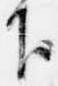
下